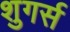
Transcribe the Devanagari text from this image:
शुगर्स